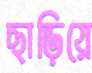
ছাড়িয়ে